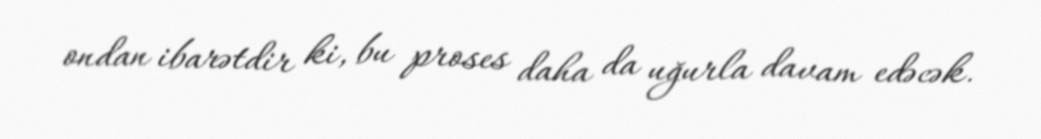
ondan ibarətdir ki, bu proses daha da uğurla davam edəcək.